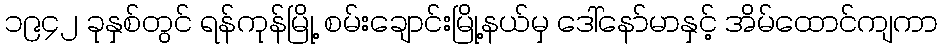
၁၉၄၂ ခုနှစ်တွင် ရန်ကုန်မြို့ စမ်းချောင်းမြို့နယ်မှ ဒေါ်နော်မာနှင့် အိမ်ထောင်ကျကာ